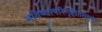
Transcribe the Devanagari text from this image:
भविष्यत्परिगृहीतममृतेन